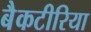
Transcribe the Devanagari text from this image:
बैकटीरिया